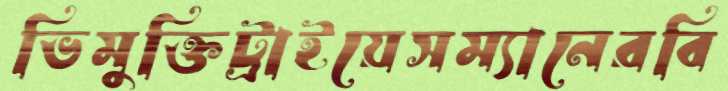
ভিমুক্তিট্রাইয়েসম্যানেরবি